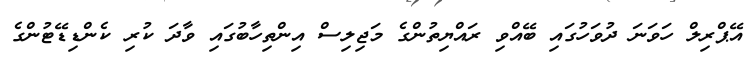
އޭޕްރިލް ހަވަނަ ދުވަހުގައި ބޭއްވި ރައްޔިތުންގެ މަޖިލިސް އިންތިހާބުގައި ވާދަ ކުރި ކެންޑިޑޭޓުންގެ